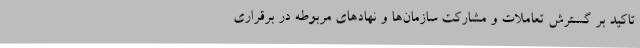
تاکید بر گسترش تعاملات و مشارکت سازمان‌ها و نهادهای مربوطه در برقراری